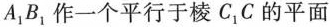
A_{1}B_{1}作一个平行于棱C_{1}C的平面